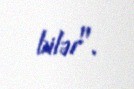
bilər".